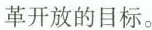
革开放的目标。